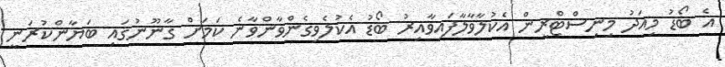
އެ ބޯޑު މިއަދު މިނިސްޓްރީން އެކުލާވާލާފައިވާއިރު ބޯޑު އެކުލެވިގެންވާންވާނެ ކަމަށް ގާނޫނުގައި ބަޔާންކުރަނީ